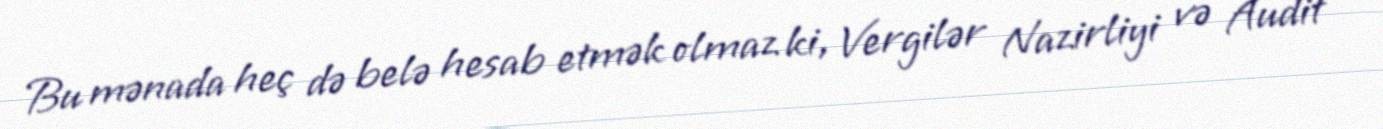
Bu mənada heç də belə hesab etmək olmaz ki, Vergilər Nazirliyi və Audit